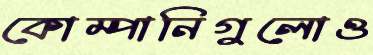
কোম্পানিগুলোও